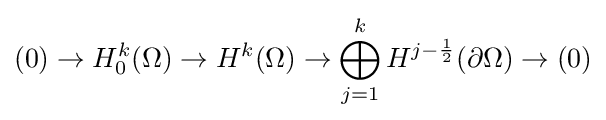
(0)\to H_{0}^{k}(\Omega )\to H^{k}(\Omega )\to \bigoplus _{j=1}^{k}H^{j-{\frac {1}{2}}}(\partial \Omega )\to (0)